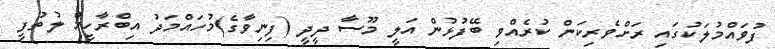
ފުވައްމުލަކުގައި ރަށްވެރިކަން ކުރެއްވި ބޭފުޅުން އަލީ މޫސާ ދީދީ (ފިނިވާގެ)މުހައްމަދު އިބްރާހީމް ލުތުފީ